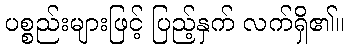
ပစ္စည်းများဖြင့် ပြည့်နှက် လက်ရှိ၏။